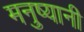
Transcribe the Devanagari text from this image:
मनुष्यानी